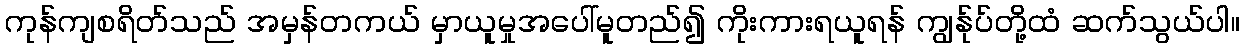
ကုန်ကျစရိတ်သည် အမှန်တကယ် မှာယူမှုအပေါ်မူတည်၍ ကိုးကားရယူရန် ကျွန်ုပ်တို့ထံ ဆက်သွယ်ပါ။